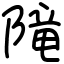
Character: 𨻫